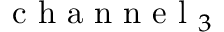
\mathrm { ~ c ~ h ~ a ~ n ~ n ~ e ~ l ~ } _ { 3 }